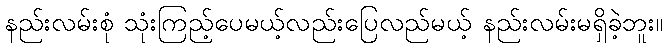
နည်းလမ်းစုံ သုံးကြည့်ပေမယ့်လည်းပြေလည်မယ့် နည်းလမ်းမရှိခဲ့ဘူး။